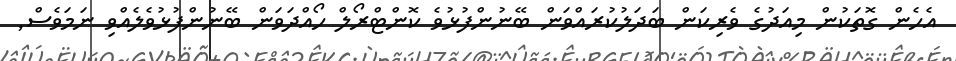
އެހެން ގޮތަކުން މިއަދުގެ ވެރިކަން ބަދަލުކުރައްވަން ބޭނުންފުޅުވެ ކޮންޓްރޯލް ހޯއްދަވަން ބޭނުންފުޅުވެލެއްވި ނަމަވެސް